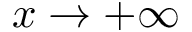
x \to + \infty